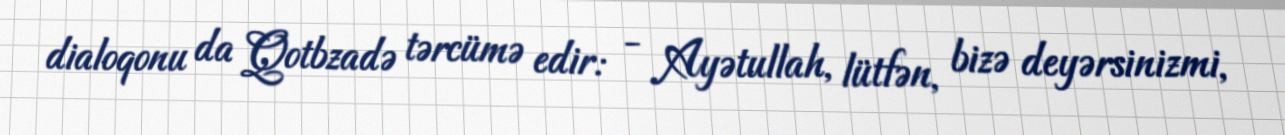
dialoqonu da Qotbzadə tərcümə edir: - Ayətullah, lütfən, bizə deyərsinizmi,